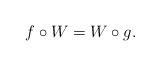
LaTeX: \begin{align*}f\circ W = W\circ g.\end{align*}